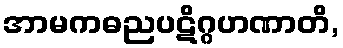
အာမကဓညပဋိဂ္ဂဟဏာတိ,